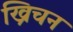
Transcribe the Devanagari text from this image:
ख्रिचन